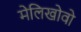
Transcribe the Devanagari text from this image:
मेलिखोवो